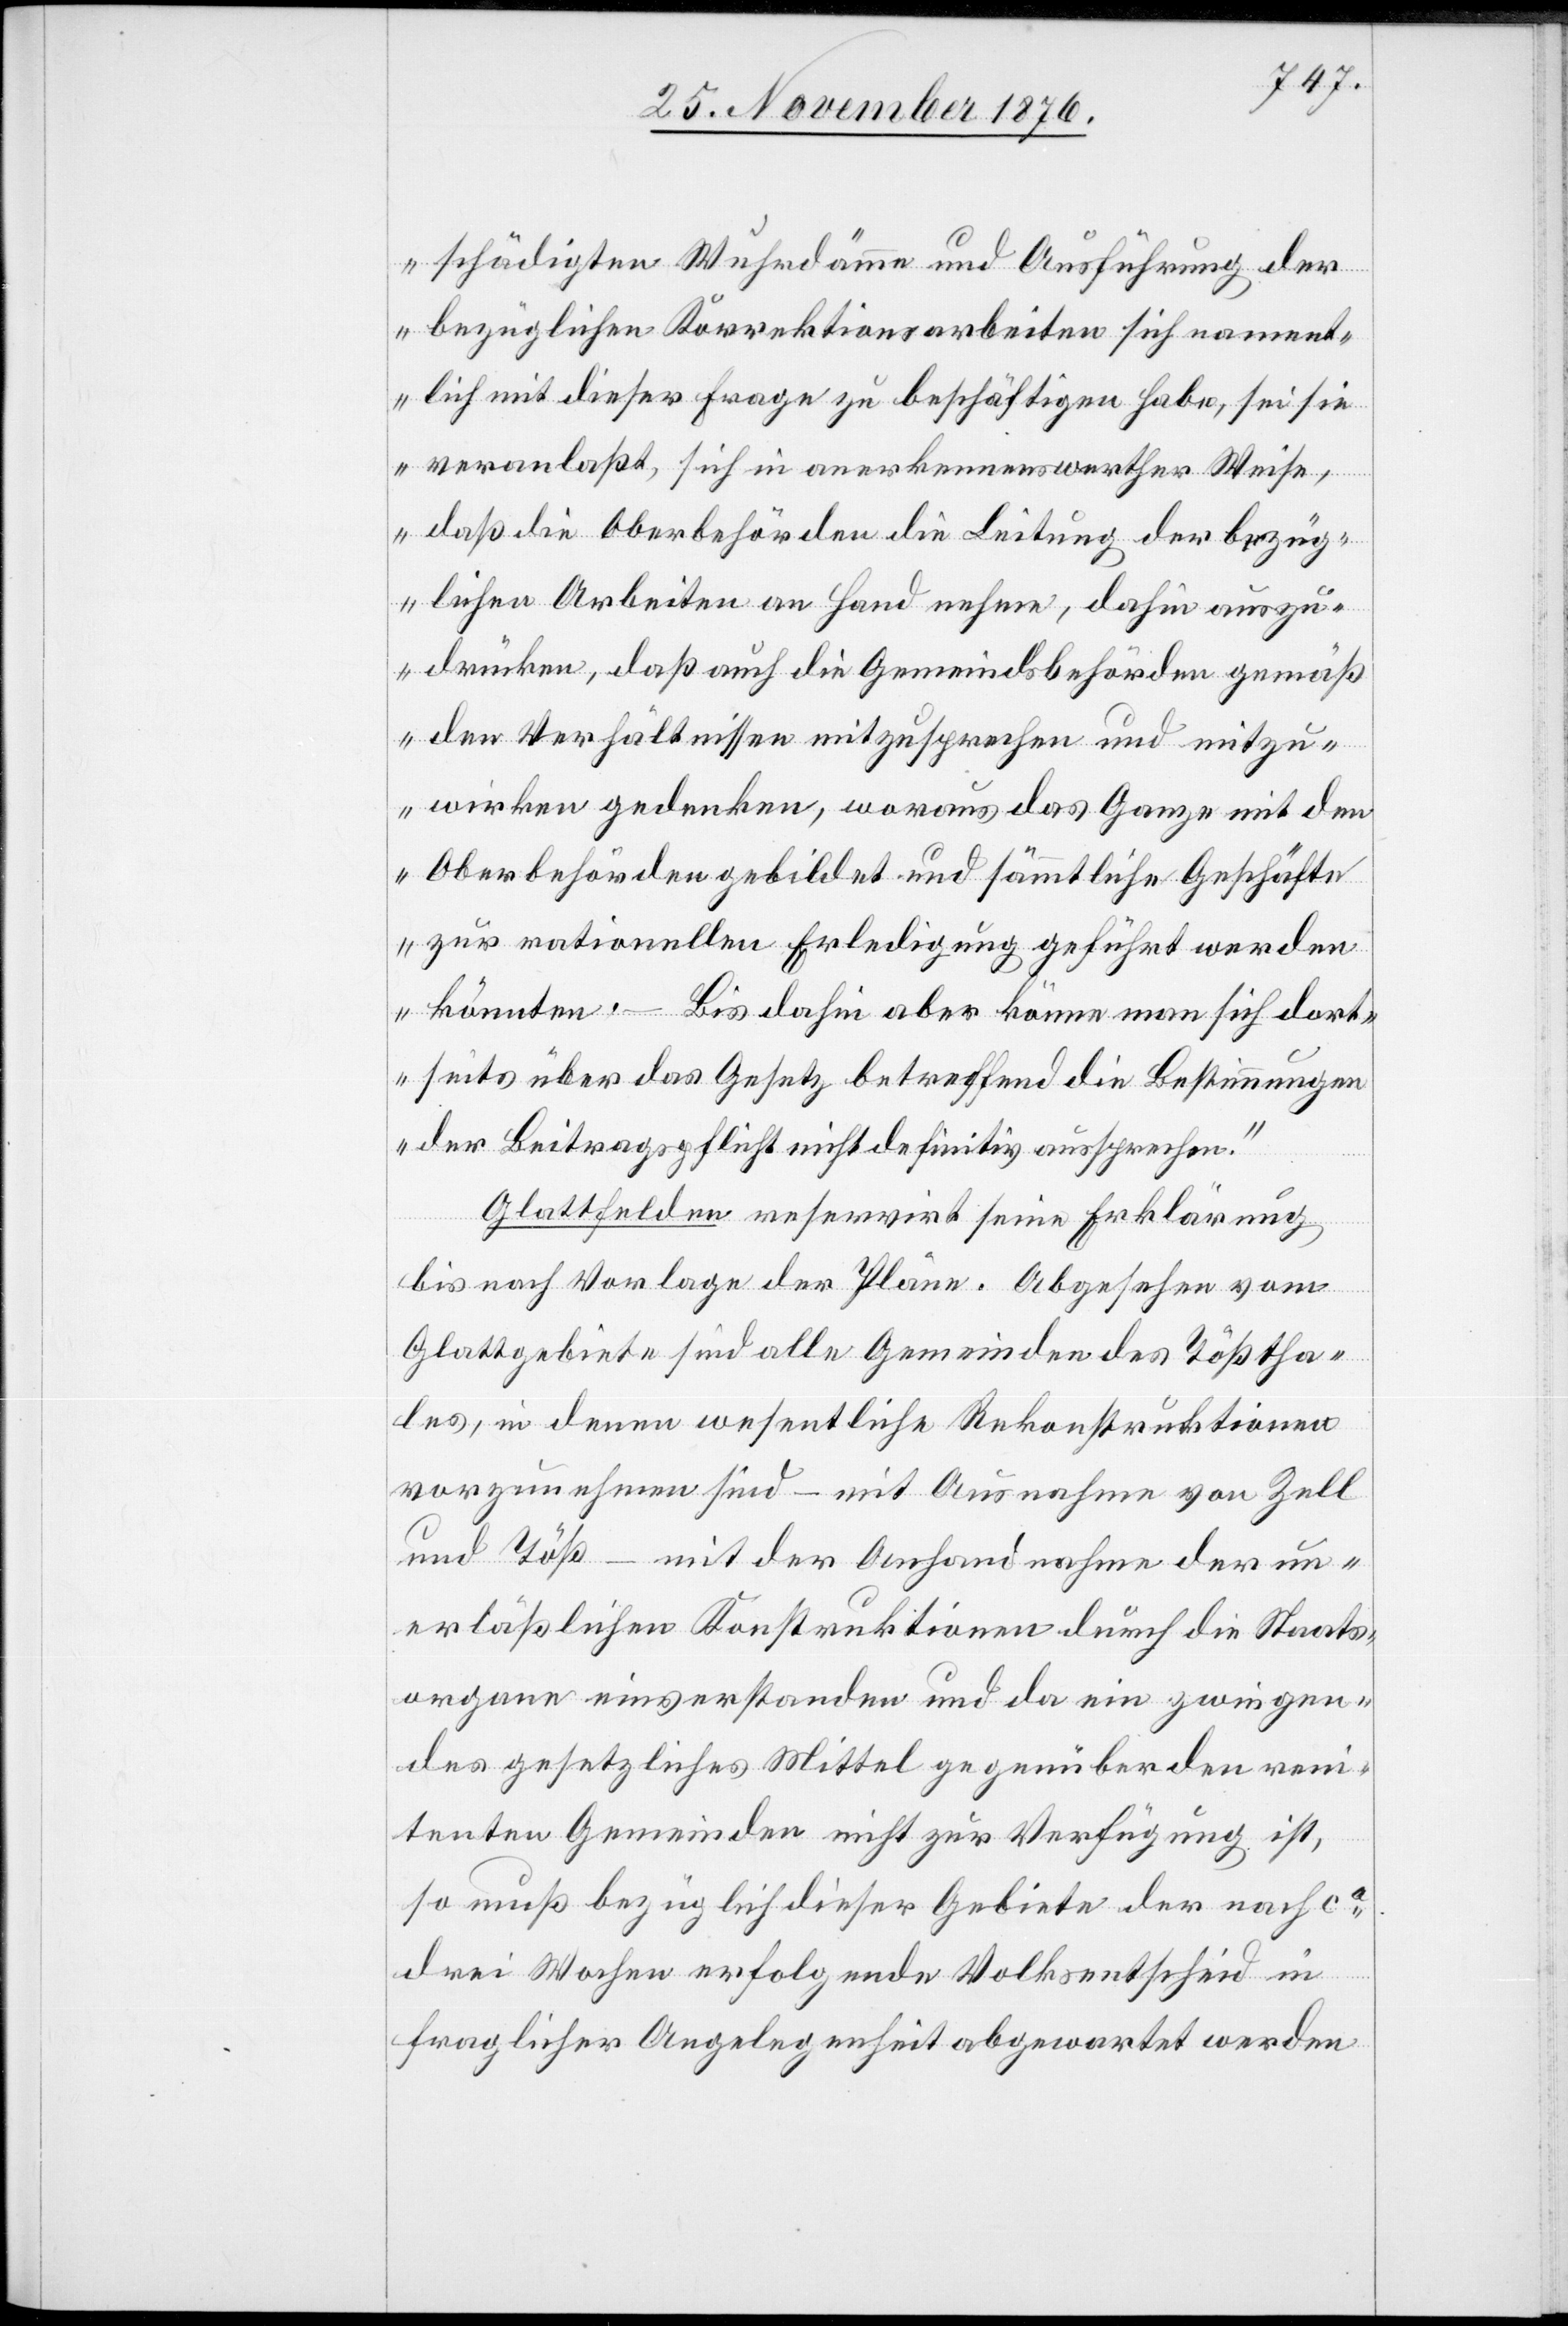
schädigten Wuhrdämme und Ausführung der
bezüglichen Korrektionsarbeiten sich nament¬
lich mit dieser Frage zu beschäftigen habe, sei sie
veranlaßt, sich in anerkennenswerther Weise,
daß die Oberbehörden die Leitung der bezüg¬
lichen Arbeiten an Hand nehme, dahin auszu¬
drücken, daß auch die Gemeindsbehörden gemäß
den Verhältnissen mitzusprechen und mitzu¬
wirken gedenken, woraus das Ganze mit den
Oberbehörden gebildet und sämmtliche Geschäfte
zur rationellen Erledigung geführt werden
könnten. – Bis dahin aber könne man sich dort¬
seits über das Gesetz betreffend die Bestimmungen
der Beitragspflicht nicht definitiv aussprechen.“
Glattfelden reservirt seine Erklärung
bis nach Vorlage der Pläne. Abgesehen vom
Glattgebiete sind alle Gemeinden des Tößtha¬
les, in denen wesentliche Rekonstruktionen
vorzunehmen sind – mit Ausnahme von Zell
und Töß – mit der Anhandnahme der un¬
erläßlichen Konstruktionen durch die Staats¬
organe einverstanden und da ein zwingen¬
des gesetzlichen Mittel gegenüber den reni¬
tenten Gemeinden nicht zur Verfügung ist,
so muß bezüglich dieser Gebiete der nach ca
drei Wochen erfolgende Volksentscheid in
fraglicher Angelegenheit abgewartet werden[.]